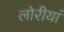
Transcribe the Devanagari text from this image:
लोरीयां